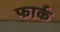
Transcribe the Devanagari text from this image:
फार्क